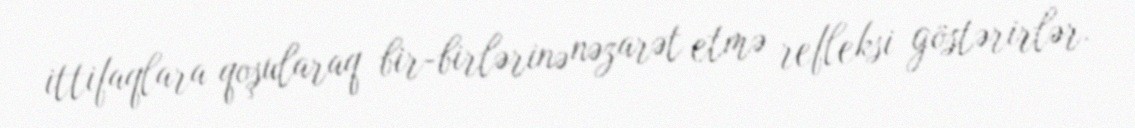
ittifaqlara qoşularaq bir-birlərinə nəzarət etmə refleksi göstərirlər.